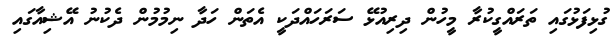
ގުޅިފަޅުގައި ތަރައްގީކުރާ މީހުން ދިރިއުޅޭ ސަރަހައްދަކީ އެތަން ހަދާ ނިމުމުން ދެކުނު އޭޝިއާގައި